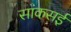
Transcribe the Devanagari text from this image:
सांकसई